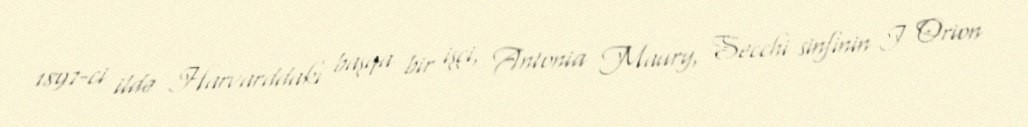
1897-ci ildə Harvarddakı başqa bir işçi, Antonia Maury, Secchi sinfinin I Orion